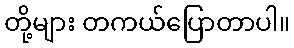
တို့များ တကယ်ပြောတာပါ။